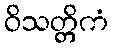
ဝိသတ္တိကံ